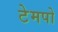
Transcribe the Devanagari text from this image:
टेमपो